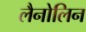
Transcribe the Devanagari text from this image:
लैनोलिन